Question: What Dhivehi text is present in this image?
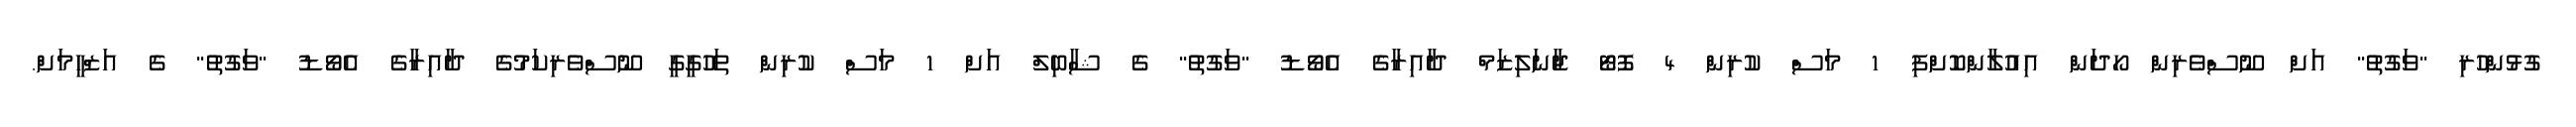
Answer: ގުޅުންހުރި "ވަގުތު" އަށް ނޫސްވެރިން ހޯދަން އިއުލާންކޮށްފި 1 މަސް ކުރިން 4 ފޮޓޯ ޖާނަލިޒަމް ދާއިރާގެ އެވޯޑު "ވަގުތު" ގެ ޝާބިލް އަށް 1 މަސް ކުރިން ތަހުގީގީ ނޫސްވެރިކަމުގެ ދާއިރާގެ އެވޯޑު "ވަގުތު" ގެ އަޒްހީމަށް.